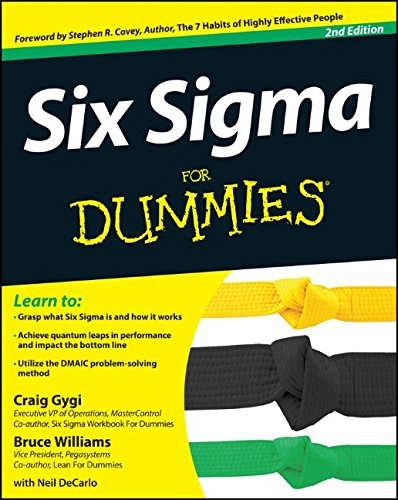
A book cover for Six Sigma For Dummies; Craig Gygi; Business & Money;